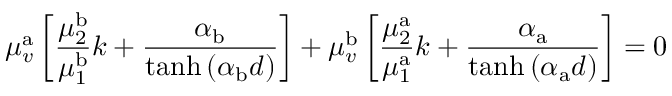
\mu _ { v } ^ { \mathrm { a } } \left[ \frac { \mu _ { 2 } ^ { \mathrm { b } } } { \mu _ { 1 } ^ { \mathrm { b } } } k + \frac { \alpha _ { \mathrm { b } } } { \operatorname { t a n h } \left( \alpha _ { \mathrm { b } } d \right) } \right] + \mu _ { v } ^ { \mathrm { b } } \left[ \frac { \mu _ { 2 } ^ { \mathrm { a } } } { \mu _ { 1 } ^ { \mathrm { a } } } k + \frac { \alpha _ { \mathrm { a } } } { \operatorname { t a n h } \left( \alpha _ { \mathrm { a } } d \right) } \right] = 0